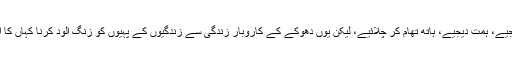
موٹیویٹ کیجیے، ہمت دیجیے، ہاتھ تھام کر چلائیے، لیکن یوں دھوکے کے کاروبارِ زندگی سے زندگیوں کے پہیوں کو زنگ آلود کرنا کہاں کا انصاف ہے؟